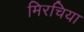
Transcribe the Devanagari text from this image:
मिरचिया